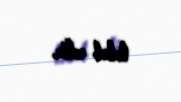
tələb edir.